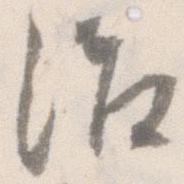
治